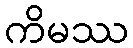
ကိမဿ